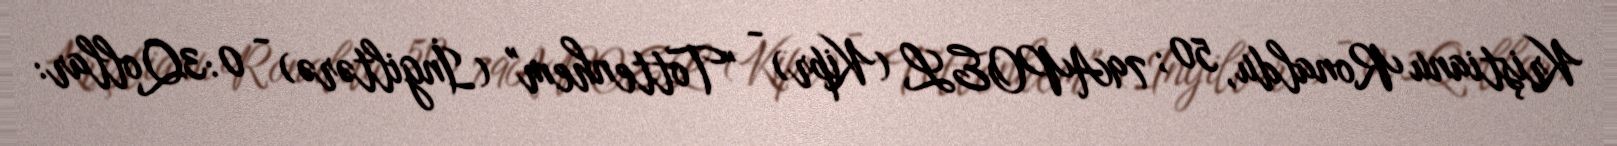
Kriştianu Ronaldu, 50; 79APOEL (Kipr) - "Tottenhem" (İngiltərə) - 0:3Qollar: